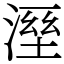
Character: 溼